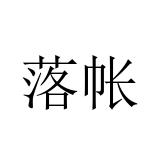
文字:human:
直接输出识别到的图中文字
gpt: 落帐